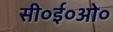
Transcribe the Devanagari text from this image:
सी०ई०ओ०